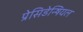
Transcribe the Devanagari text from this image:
प्रेसिडेन्षियल